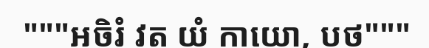
"""អចិរំ វត យំ កាយោ, បថ"""